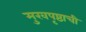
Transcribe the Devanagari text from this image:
मुखपृष्ठाची